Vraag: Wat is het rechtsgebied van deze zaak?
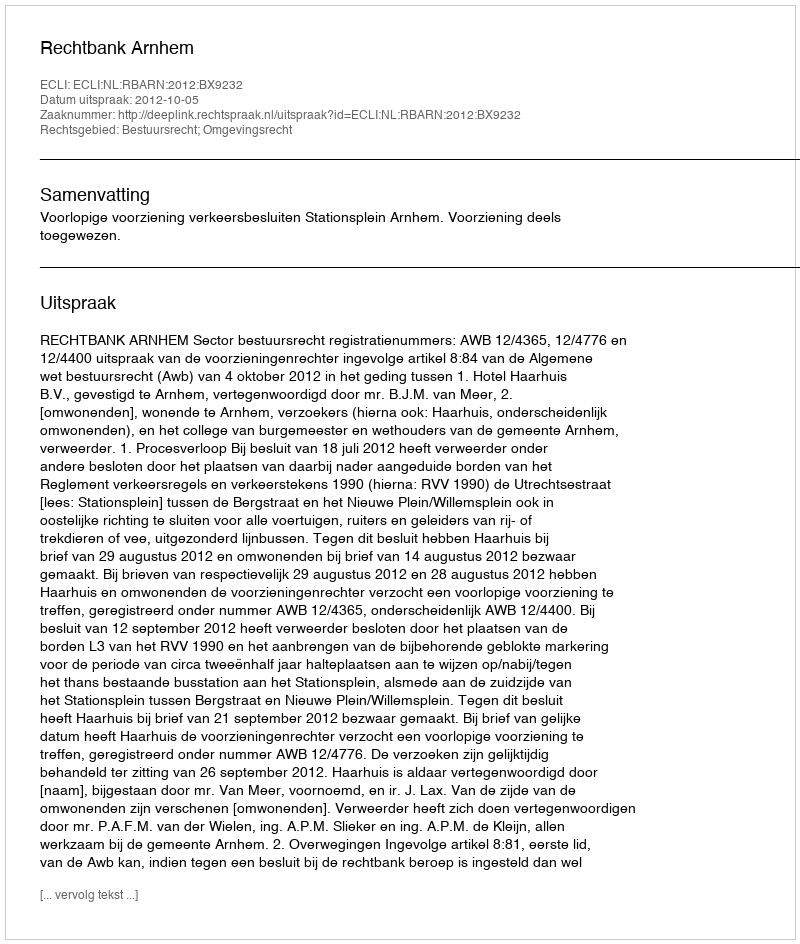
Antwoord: Bestuursrecht; Omgevingsrecht